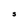
Character: S